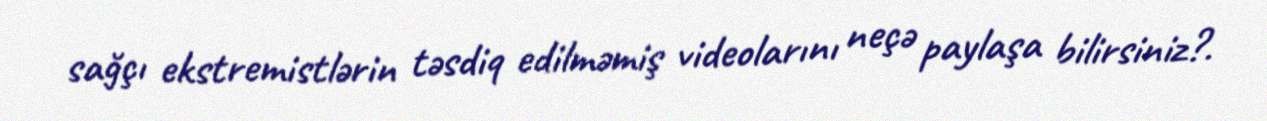
sağçı ekstremistlərin təsdiq edilməmiş videolarını neçə paylaşa bilirsiniz?.